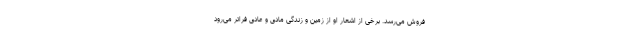
فروش می‌رسد. برخی از اشعار او از زمین و زندگی مادی و عادی فراتر می‌رود